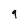
Character: 9